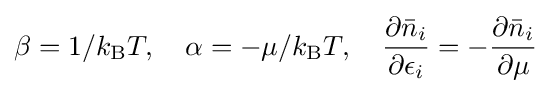
\beta =1/k_{\text{B}}T,\quad \alpha =-\mu /k_{\text{B}}T,\quad {\frac {\partial {\bar {n}}_{i}}{\partial \epsilon _{i}}}=-{\frac {\partial {\bar {n}}_{i}}{\partial \mu }}